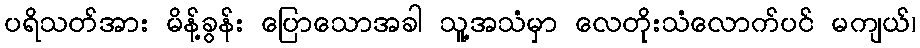
ပရိသတ်အား မိန့်ခွန်း ပြောသောအခါ သူ့အသံမှာ လေတိုးသံလောက်ပင် မကျယ်၊